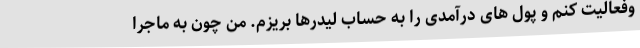
وفعالیت کنم و پول های درآمدی را به حساب لیدرها بریزم. من چون به ماجرا